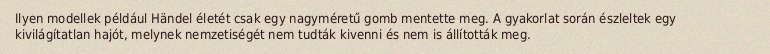
Ilyen modellek például Händel életét csak egy nagyméretű gomb mentette meg. A gyakorlat során észleltek egy kivilágítatlan hajót, melynek nemzetiségét nem tudták kivenni és nem is állították meg.